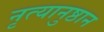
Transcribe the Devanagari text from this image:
नृत्यानुष्ठान